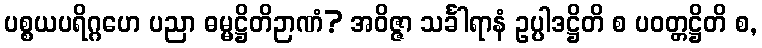
ပစ္စယပရိဂ္ဂဟေ ပညာ ဓမ္မဋ္ဌိတိဉာဏံ? အဝိဇ္ဇာ သင်္ခါရာနံ ဥပ္ပါဒဋ္ဌိတိ စ ပဝတ္တဋ္ဌိတိ စ,